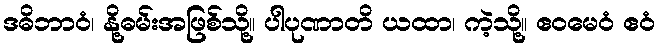
ဒဓိဘာဝံ၊ နို့ဓမ်းအဖြစ်သို့။ ပါပုဏာတိ ယထာ၊ ကဲ့သို့။ ဧဝမေဝံ ဧဝံ